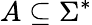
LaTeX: A\subseteq\Sigma^{*}